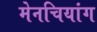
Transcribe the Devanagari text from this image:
मेनचियांग